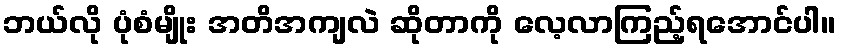
ဘယ်လို ပုံစံမျိုး အတိအကျလဲ ဆိုတာကို လေ့လာကြည့်ရအောင်ပါ။